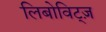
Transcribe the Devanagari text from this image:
लिबोविट्ज़